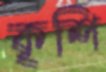
কৃশি